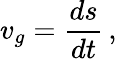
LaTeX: v_{g}=\frac{ds}{dt}\, ,